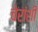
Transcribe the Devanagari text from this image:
चेरांशी